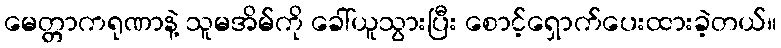
မေတ္တာကရုဏာနဲ့ သူမအိမ်ကို ခေါ်ယူသွားပြီး စောင့်ရှောက်ပေးထားခဲ့တယ်။